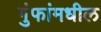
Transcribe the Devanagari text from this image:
गुंफांमधील